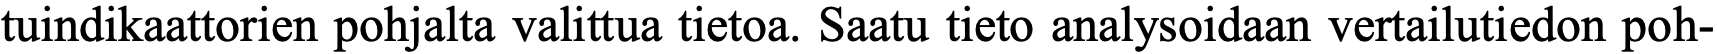
tuindikaattorien pohjalta valittua tietoa. Saatu tieto analysoidaan vertailutiedon poh-